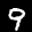
Label: 9